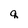
Character: q